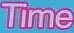
Time